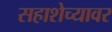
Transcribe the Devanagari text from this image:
सहाशेच्यावर